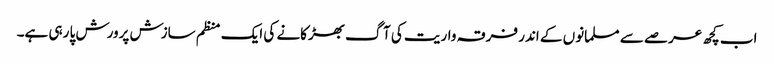
اب کچھ عرصے سے مسلمانوں کے اندر فرقہ واریت کی آگ بھڑکانے کی ایک منظم سازش پرورش پا رہی ہے۔